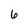
Character: 6